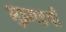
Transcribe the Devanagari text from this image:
भुइगइयाँ